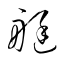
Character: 艇